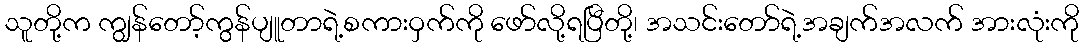
သူတို့က ကျွန်တော့်ကွန်ပျူတာရဲ့စကားဝှက်ကို ဖော်လို့ရပြီတို့၊ အသင်းတော်ရဲ့အချက်အလက် အားလုံးကို